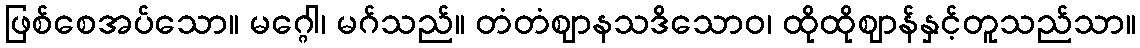
ဖြစ်စေအပ်သော။ မဂ္ဂေါ၊ မဂ်သည်။ တံတံဈာနသဒိသောဝ၊ ထိုထိုဈာန်နှင့်တူသည်သာ။